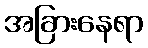
အခြားနေရာ